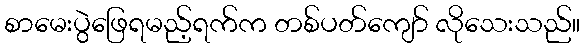
စာမေးပွဲဖြေရမည့်ရက်က တစ်ပတ်ကျော် လိုသေးသည်။